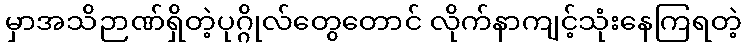
မှာအသိဉာဏ်ရှိတဲ့ပုဂ္ဂိုလ်တွေတောင် လိုက်နာကျင့်သုံးနေကြရတဲ့